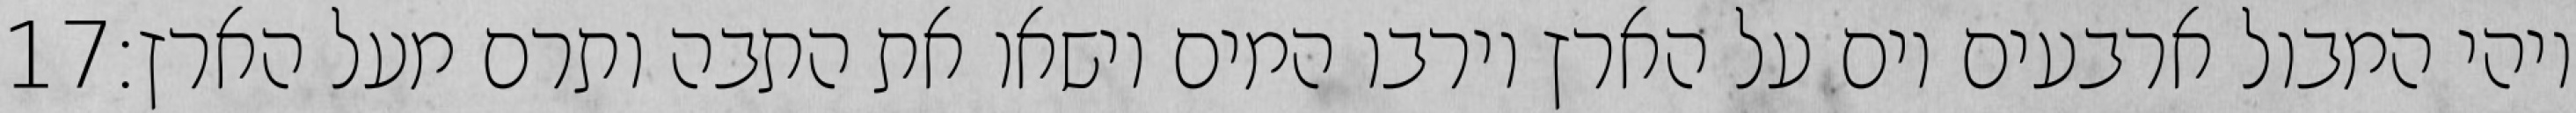
‎17‏ ויהי המבול ארבעים יום על הארץ וירבו המים וישאו את התבה ותרם מעל הארץ׃